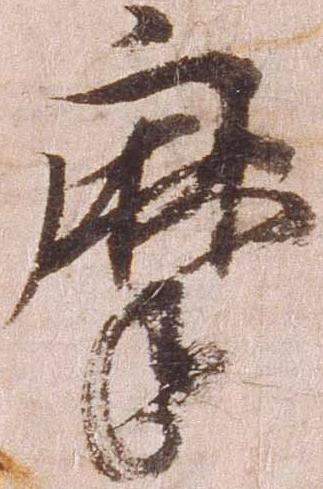
摩